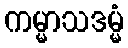
ကမ္မာသဒမ္မံ